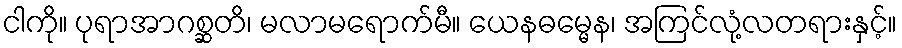
ငါကို။ ပုရာအာဂစ္ဆတိ၊ မလာမရောက်မီ။ ယေနဓမ္မေန၊ အကြင်လုံ့လတရားနှင့်။